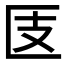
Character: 𰅪